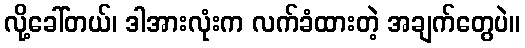
လို့ခေါ်တယ်၊ ဒါအားလုံးက လက်ခံထားတဲ့ အချက်တွေပဲ။